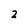
Character: 2